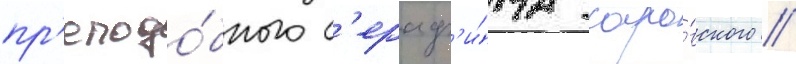
пр'еподо́бного с'ераф'и́ма саро́вского //